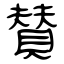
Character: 賛